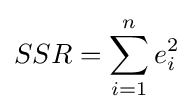
SSR=\sum _{i=1}^{n}e_{i}^{2}